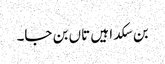
بن سکدا ہیں تاں بن جا۔